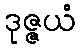
ဒုဇ္ဇယံ